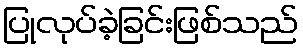
ပြုလုပ်ခဲ့ခြင်းဖြစ်သည်